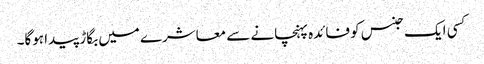
کسی ایک جنس کو فائدہ پہنچانے سے معاشرے میں بگاڑ پیدا ہوگا۔